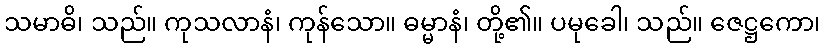
သမာဓိ၊ သည်။ ကုသလာနံ၊ ကုန်သော။ ဓမ္မာနံ၊ တို့၏။ ပမုခေါ၊ သည်။ ဇေဋ္ဌကော၊